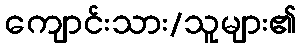
ကျောင်းသား/သူများ၏